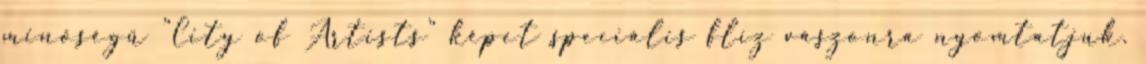
minőségű "City of Artists" képet speciális flíz vászonra nyomtatjuk.